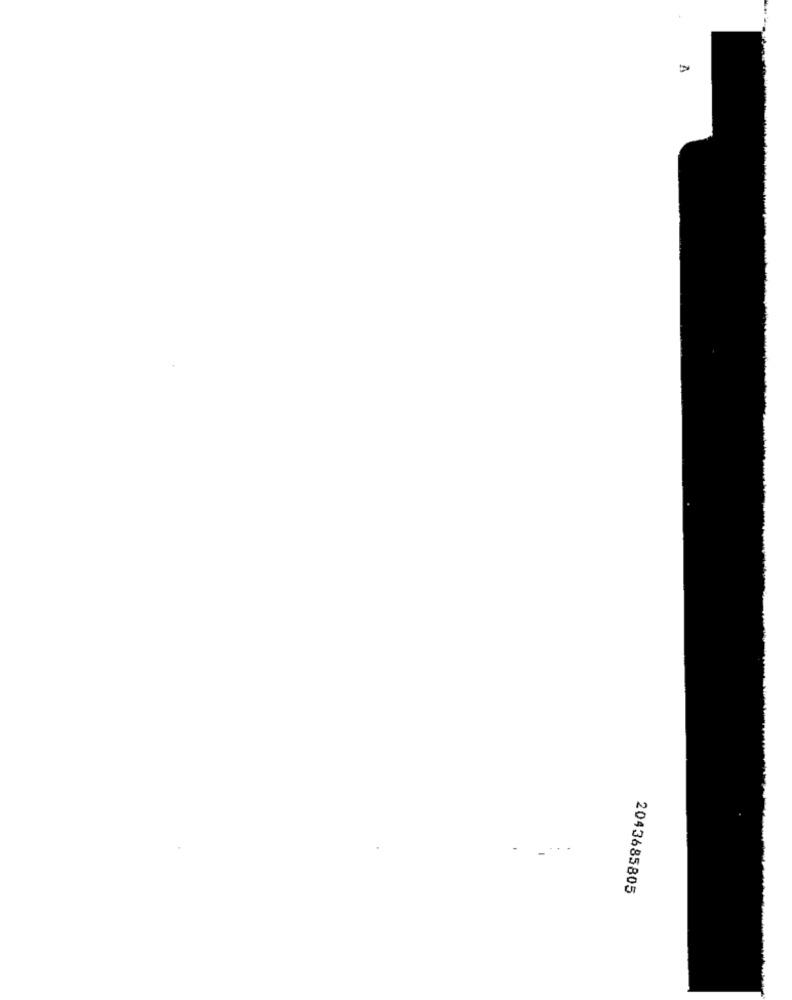
2043685805